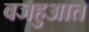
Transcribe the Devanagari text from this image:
वजहुआत